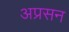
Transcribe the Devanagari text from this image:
अप्रसन